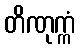
တိဏုက္ကံ